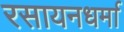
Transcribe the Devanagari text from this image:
रसायनधर्मा